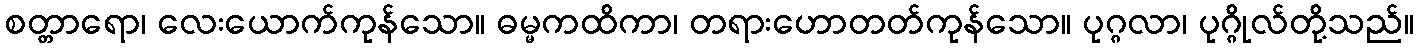
စတ္တာရော၊ လေးယောက်ကုန်သော။ ဓမ္မကထိကာ၊ တရားဟောတတ်ကုန်သော။ ပုဂ္ဂလာ၊ ပုဂ္ဂိုလ်တို့သည်။